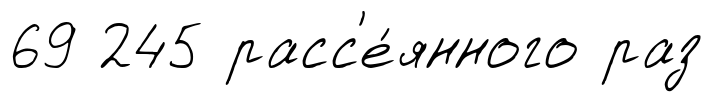
69 245 расс'е́янного раз